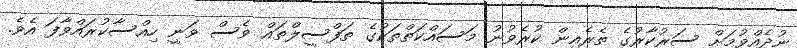
ނުދެއްވުމަށް ސަރުކާރުގެ ތެރެއިން ކުރެވުނު މަސައްކަތްތަކުގެ ތަފްސީލްތައް ވެސް ވަނީ ހިއްސާކުރައްވާފަ އެވެ.